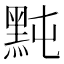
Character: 黗